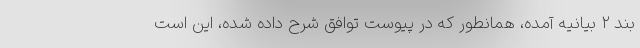
بند ۲ بیانیه آمده، همانطور که در پیوست توافق شرح داده شده، این است